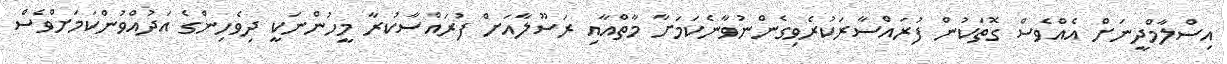
އިސްލާމްދީނަށް އެއްވެސް ގޮތަކުން ފުރައްސާރަކުރެވިގެންނުވާނެކަމަށާ މާތްއާއި ރަސޫލާއަށް ފުރައްސާކުރާ މީހުންނަކީ ދިވެހިންގެ އަދުއްވުންކަމަށްވެސް